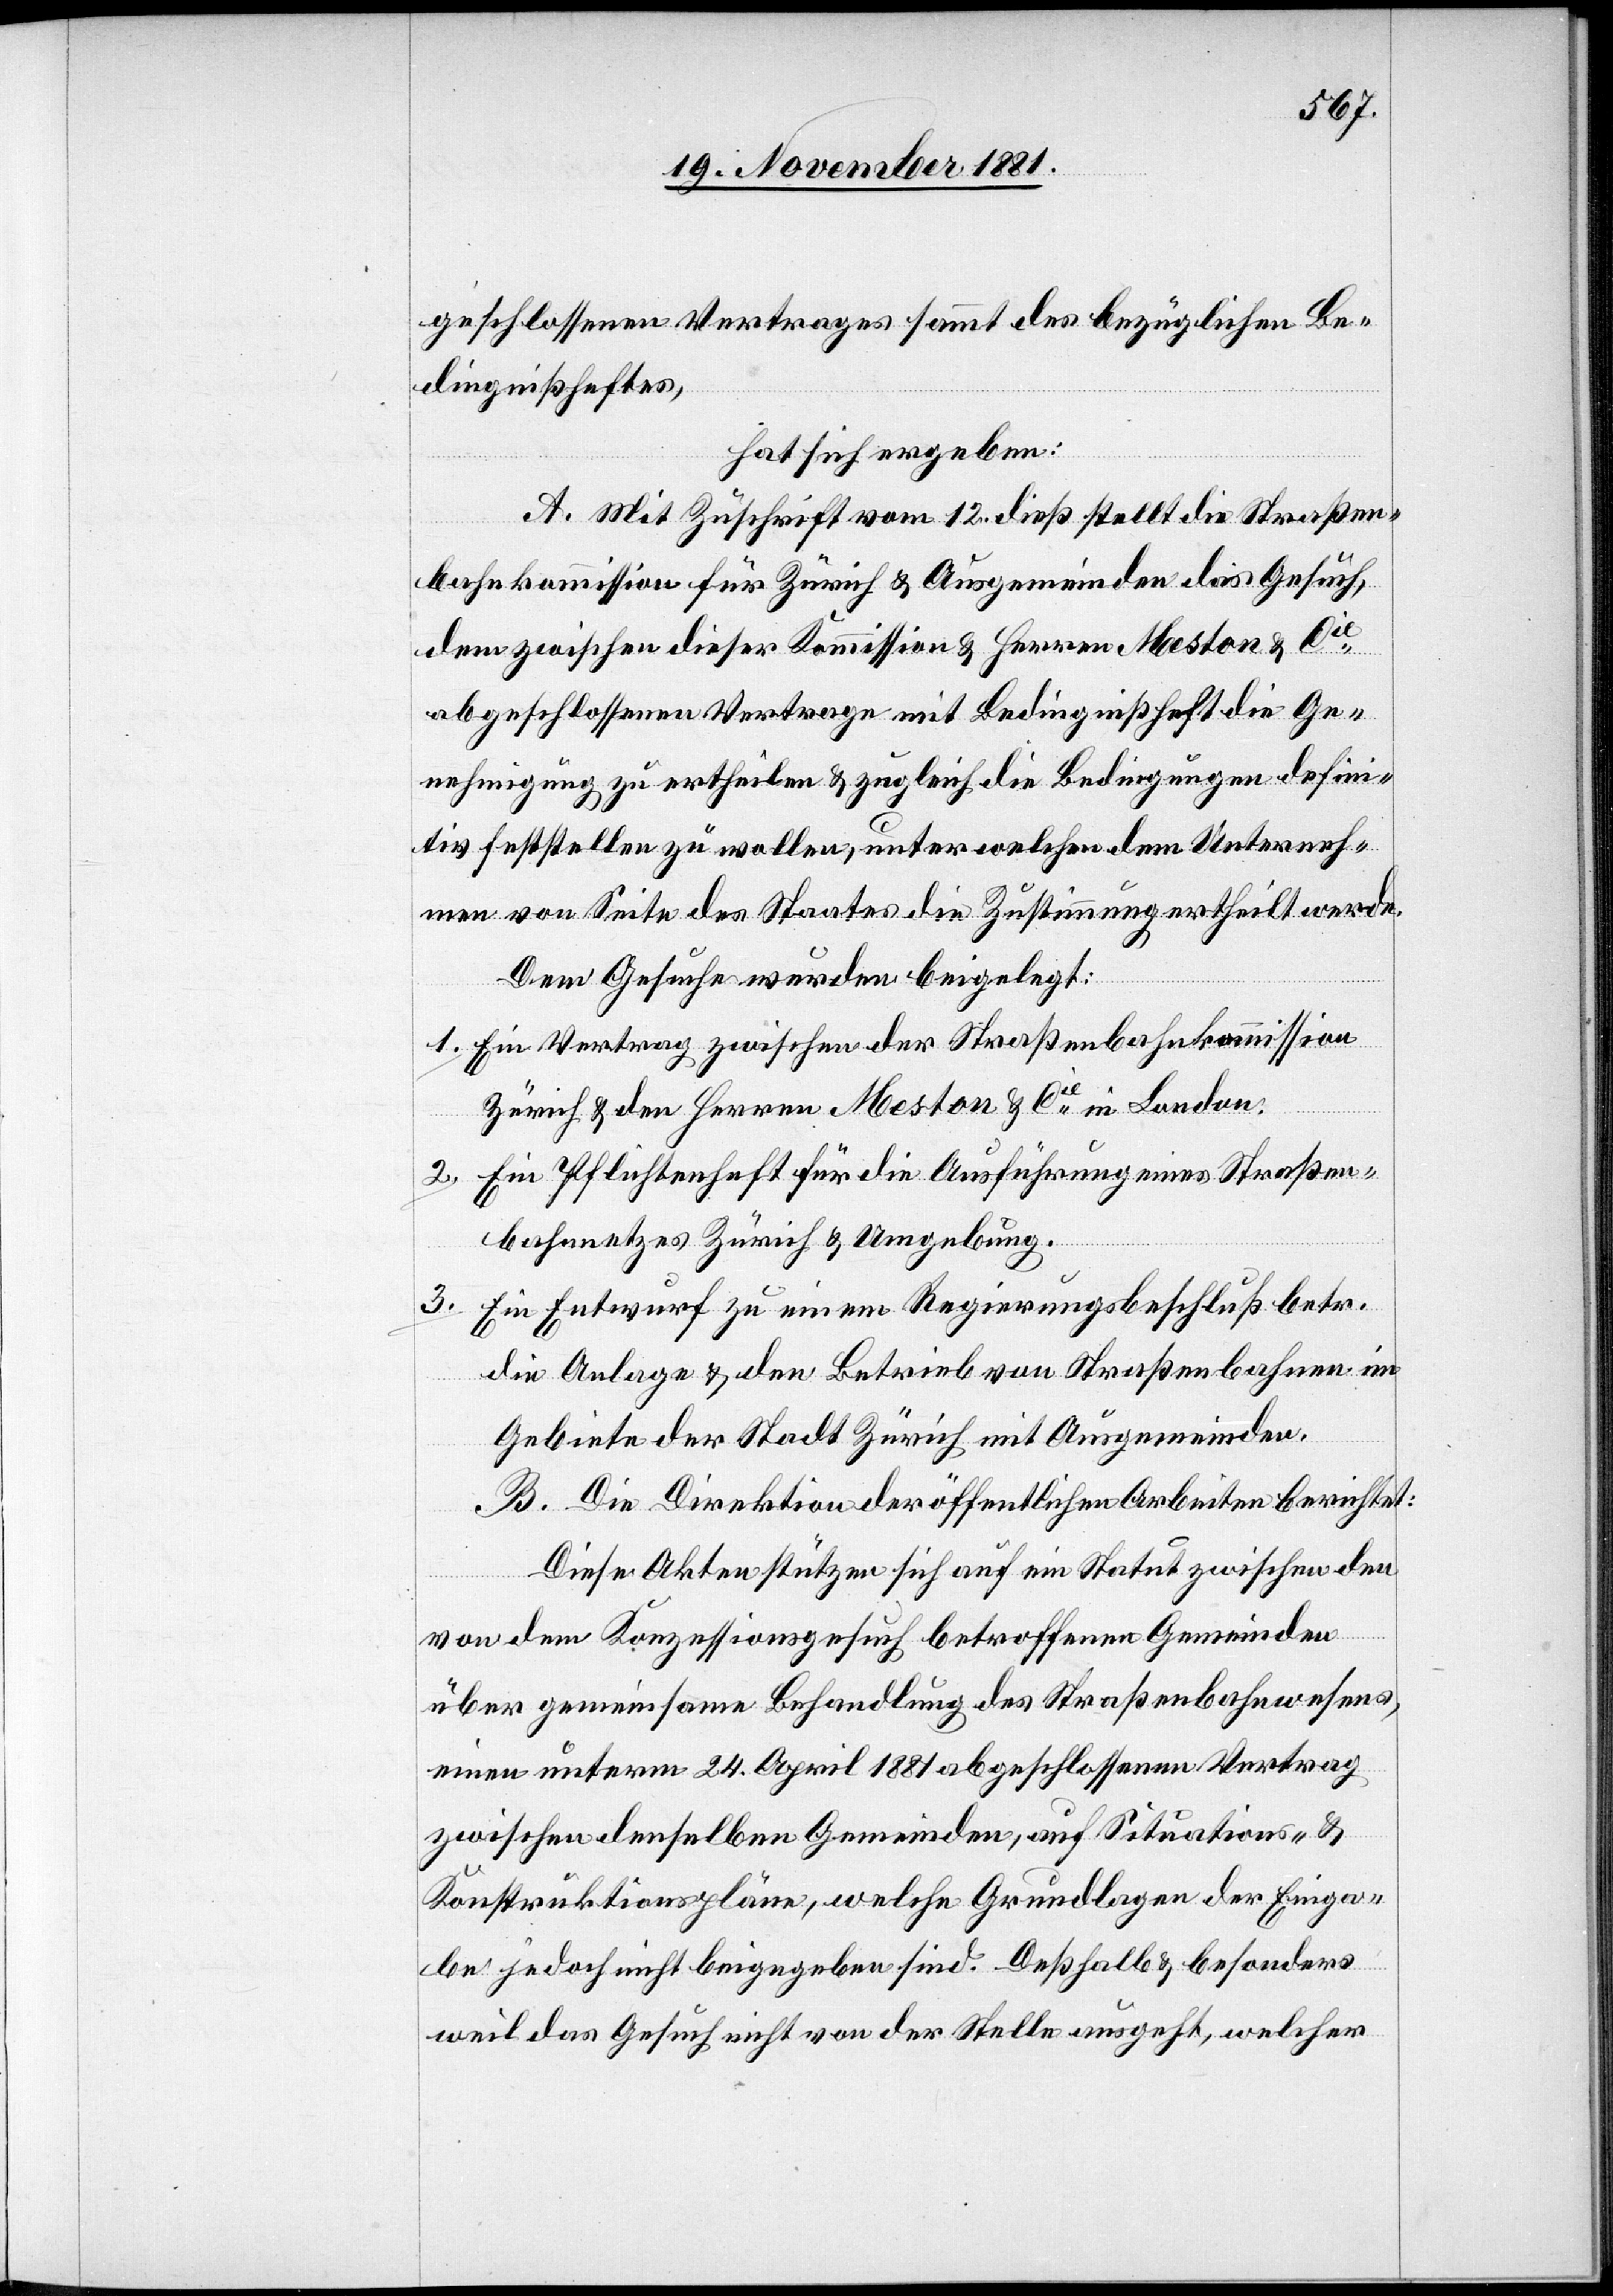
geschlossenen Vertrage sammt des bezüglichen Be¬
dingnißheftes,
hat sich ergeben:
A. Mit Zuschrift vom 12. dieß stellt die Straßen¬
bahnkommission für Zürich & Ausgemeinden das Gesuch,
dem zwischen dieser Kommission & Herren Meston & Cie
abgeschlossenen Vertrage mit Bedingnißheft die Ge¬
nehmigung zu ertheilen & zugleich die Bedingungen defini¬
tiv feststellen zu wollen, unter welchen dem Unterneh¬
men von Seite des Staates die Zustimmung ertheilt werde.
Dem Gesuche wurden beigelegt:
1. Ein Vertrag zwischen der Straßenbahnkommission
Zürich & den Herren Meston & Cie in London.
2. Ein Pflichtenheft für die Ausführung eines Straßen¬
bahnnetzes Zürich & Umgebung.
3. Ein Entwurf zu einem Regierungsbeschluß betr.
die Anlage & den Betrieb von Straßenbahnen im
Gebiete der Stadt Zürich mit Ausgemeinden.
B. Die Direktion der öffentlichen Arbeiten berichtet:
Diese Akten stützen sich auf ein Statut zwischen den
von dem Konzessionsgesuch betroffenen Gemeinden
über gemeinsame Behandlung des Straßenbahnwesens,
einen unterm 24. April 1881 abgeschlossenen Vertrag
zwischen denselben Gemeinden, auf Situations- &
Konstruktionspläne, welche Grundlagen der Einga¬
be jedoch nicht beigegeben sind. Deßhalb & besonders
weil das Gesuch nicht von der Stelle ausgeht, welcher